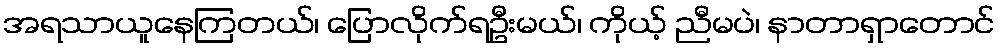
အရသာယူနေကြတယ်၊ ပြောလိုက်ရဦးမယ်၊ ကိုယ့် ညီမပဲ၊ နာတာရှာတောင်